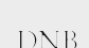
DNB